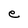
Character: e